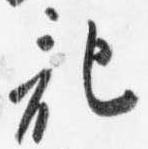
記